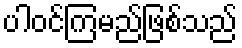
ပါဝင်ကြမည်ဖြစ်သည်